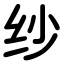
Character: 纱